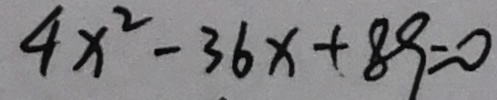
4 x ^ { 2 } - 3 6 x + 8 9 = 0